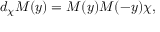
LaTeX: d _ { \chi } M ( y ) = M ( y ) M ( - y ) \chi ,